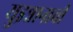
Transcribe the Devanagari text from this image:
युइन्नानाची